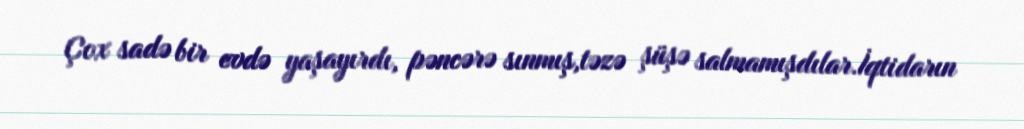
Çox sadə bir evdə yaşayırdı, pəncərə sınmış,təzə şüşə salmamışdılar.İqtidarın